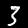
Digit: 3